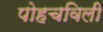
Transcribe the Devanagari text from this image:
पोहचविली